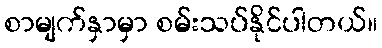
စာမျက်နှာမှာ စမ်းသပ်နိုင်ပါတယ်။